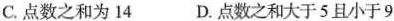
C.点数之和为14 D.点数之和大于5且小于9